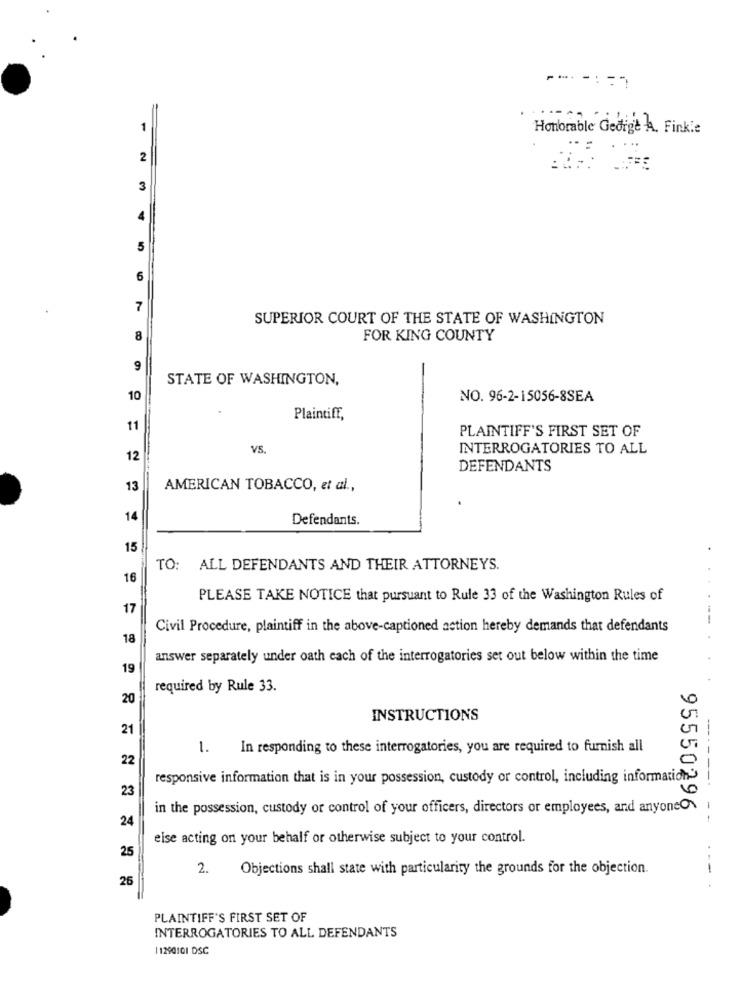
1
Honorable George A. Finkie
2
3
4
5
6
7
SUPERIOR COURT OF THE STATE OF WASHINGTON
8
FOR KING COUNTY
9
STATE OF WASHINGTON,
10
NO. 96-2-15056-8SEA
Plaintiff,
11
PLAINTIFF'S FIRST SET OF
VS.
INTERROGATORIES TO ALL
12
DEFENDANTS
13
AMERICAN TOBACCO, et al .,
14
Defendants.
15
TO: ALL DEFENDANTS AND THEIR ATTORNEYS.
16
PLEASE TAKE NOTICE that pursuant to Rule 33 of the Washington Rules of
17
Civil Procedure, plaintiff in the above-captioned action hereby demands that defendants
18
answer separately under oath each of the interrogatories set out below within the time
19
required by Rule 33.
20
INSTRUCTIONS
21
1.
In responding to these interrogatories, you are required to furnish all
22
responsive information that is in your possession, custody or control, including information-
23
in the possession, custody or control of your officers, directors or employees, and anyoneON
24
95550296
------- --
eise acting on your behalf or otherwise subject to your control.
25
2.
Objections shall state with particularity the grounds for the objection.
25
PLAINTIFF'S FIRST SET OF
INTERROGATORIES TO ALL DEFENDANTS
11290101 DSC